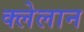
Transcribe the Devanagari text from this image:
क्लेलान